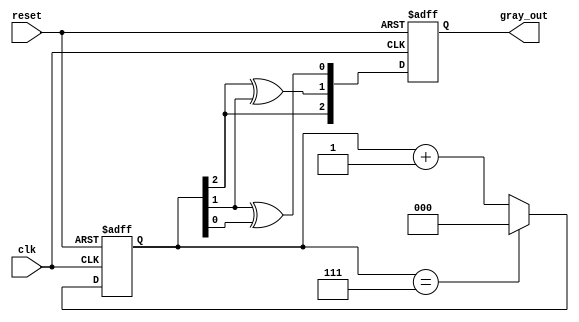
module gray_code_counter (
    input wire clk,           // Clock input
    input wire reset,         // Asynchronous reset input
    output reg [2:0] gray_out // 3-bit Gray code output
);
    
    reg [2:0] binary_count;  // Internal binary counter

    // Combinational logic to convert binary_count to Gray code
    function [2:0] to_gray;
        input [2:0] binary;
        begin
            to_gray = {binary[2], binary[2] ^ binary[1], binary[1] ^ binary[0]};
        end
    endfunction

    // Sequential logic for the counter
    always @(posedge clk or posedge reset) begin
        if (reset) begin
            binary_count <= 3'b000; // Reset to 0
            gray_out <= to_gray(3'b000); // Output Gray code for 0
        end else begin
            // Increment binary counter
            if (binary_count == 3'b111) begin
                binary_count <= 3'b000; // Wrap around
            end else begin
                binary_count <= binary_count + 1; // Increment
            end
            gray_out <= to_gray(binary_count); // Convert to Gray code
        end
    end

endmodule